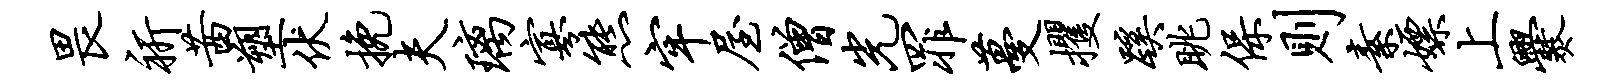
畏祈茜塑伏挽夫璃寡熊牢屋僧光罪蔓攫蹊眺保则素嫖上爨